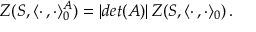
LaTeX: Z ( S , \langle \cdot \, , \cdot \rangle _ { 0 } ^ { A } ) = | d e t ( A ) | \, Z ( S , \langle \cdot \, , \cdot \rangle _ { 0 } ) \, .